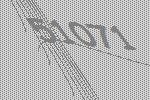
51071